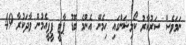
ނަމަވެސް ސަރުކާރު ކޯލިޝަންގައި ހިމެނޭ އެންމެ ބޮޑު ޕާޓީ ޕީޕީއެމުން ވާދަކުރާ 49